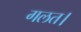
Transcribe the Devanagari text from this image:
गलत।